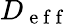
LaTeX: D_{\mathrm{~e~f~f~}}